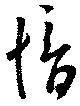
愔